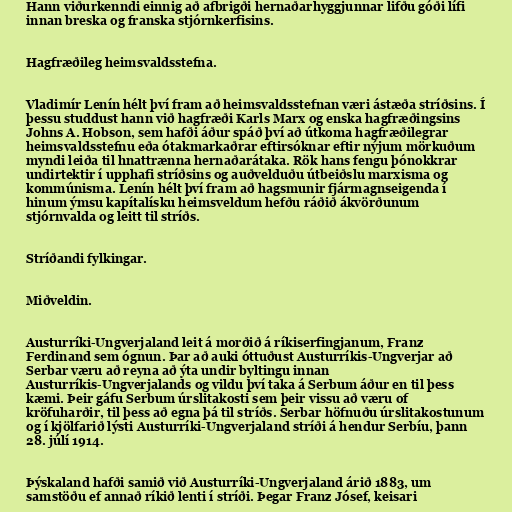
Hann viðurkenndi einnig að afbrigði hernaðarhyggjunnar lifðu góði lífi
innan breska og franska stjórnkerfisins.

Hagfræðileg heimsvaldsstefna.

Vladimír Lenín hélt því fram að heimsvaldsstefnan væri ástæða stríðsins. Í
þessu studdust hann við hagfræði Karls Marx og enska hagfræðingsins
Johns A. Hobson, sem hafði áður spáð því að útkoma hagfræðilegrar
heimsvaldsstefnu eða ótakmarkaðrar eftirsóknar eftir nýjum mörkuðum
myndi leiða til hnattrænna hernaðarátaka. Rök hans fengu þónokkrar
undirtektir í upphafi stríðsins og auðvelduðu útbeiðslu marxisma og
kommúnisma. Lenín hélt því fram að hagsmunir fjármagnseigenda í
hinum ýmsu kapítalísku heimsveldum hefðu ráðið ákvörðunum
stjórnvalda og leitt til stríðs.

Stríðandi fylkingar.

Miðveldin.

Austurríki-Ungverjaland leit á morðið á ríkiserfingjanum, Franz
Ferdinand sem ógnun. Þar að auki óttuðust Austurríkis-Ungverjar að
Serbar væru að reyna að ýta undir byltingu innan
Austurríkis-Ungverjalands og vildu því taka á Serbum áður en til þess
kæmi. Þeir gáfu Serbum úrslitakosti sem þeir vissu að væru of
kröfuharðir, til þess að egna þá til stríðs. Serbar höfnuðu úrslitakostunum
og í kjölfarið lýsti Austurríki-Ungverjaland stríði á hendur Serbíu, þann
28. júlí 1914.

Þýskaland hafði samið við Austurríki-Ungverjaland árið 1883, um
samstöðu ef annað ríkið lenti í stríði. Þegar Franz Jósef, keisari